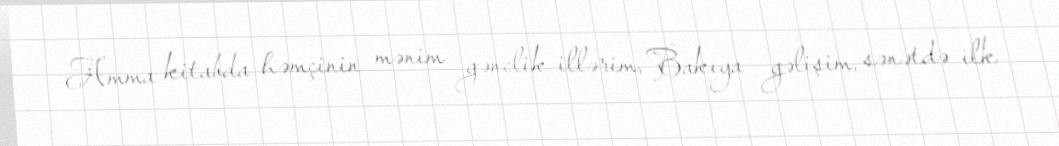
Amma kitabda həmçinin mənim gənclik illərim, Bakıya gəlişim, sənətdə ilk